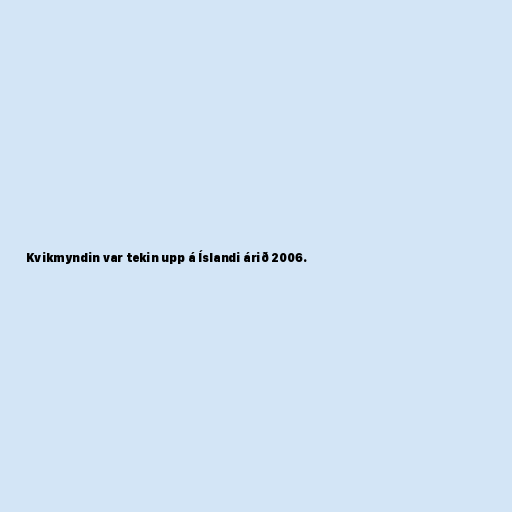
Kvikmyndin var tekin upp á Íslandi árið 2006.